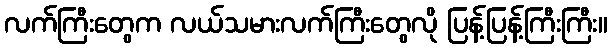
လက်ကြီးတွေက လယ်သမားလက်ကြီးတွေလို ပြန့်ပြန့်ကြီးကြီး။